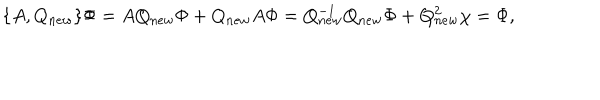
LaTeX: \{ A , Q _ { n e w } \} \Phi = A Q _ { n e w } \Phi + Q _ { n e w } A \Phi = Q _ { n e w } ^ { - 1 } Q _ { n e w } \Phi + Q _ { n e w } ^ { 2 } \chi = \Phi ,